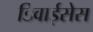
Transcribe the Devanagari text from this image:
डिवाईसेस